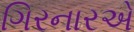
ગિરનારએ